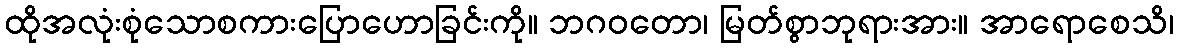
ထိုအလုံးစုံသောစကားပြောဟောခြင်းကို။ ဘဂဝတော၊ မြတ်စွာဘုရားအား။ အာရောစေသိ၊